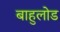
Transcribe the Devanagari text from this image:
बाहुलोड